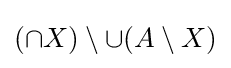
(\cap X)\setminus \cup (A\setminus X)